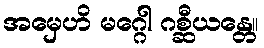
အမှေဟိ မဂ္ဂေါ ဂစ္ဆီယန္တေ။